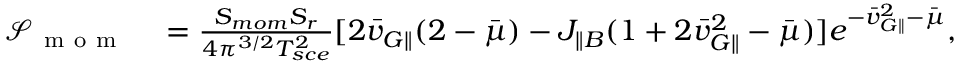
\begin{array} { r l } { \mathcal { S } _ { \mathrm { ~ m ~ o ~ m ~ } } } & { { } = \frac { S _ { m o m } S _ { r } } { 4 \pi ^ { 3 / 2 } T _ { s c e } ^ { 2 } } [ 2 \bar { v } _ { G \parallel } ( 2 - \bar { \mu } ) - J _ { \parallel B } ( 1 + 2 \bar { v } _ { G \parallel } ^ { 2 } - \bar { \mu } ) ] e ^ { - \bar { v } _ { G \parallel } ^ { 2 } - \bar { \mu } } , } \end{array}